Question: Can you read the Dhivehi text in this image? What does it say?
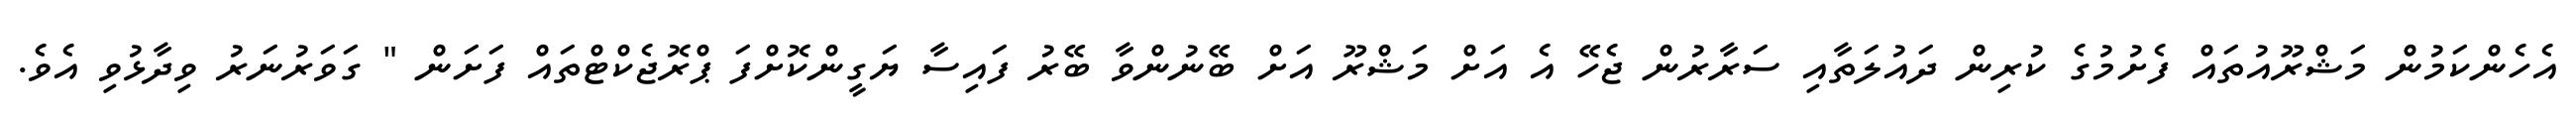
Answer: އެހެންކަމުން މަޝްރޫއުތައް ފެށުމުގެ ކުރިން ދައުލަތާއި ސަރާރުން ޖެހޭ އެ އަށް މަޝްރޫ އަށް ބޭނުންވާ ބޭރު ފައިސާ ޔަގީންކޮށްފަ ޕްރޮޖެކްޓްތައް ފަށަން " ގަވަރުނަރު ވިދާޅުވި އެވެ.